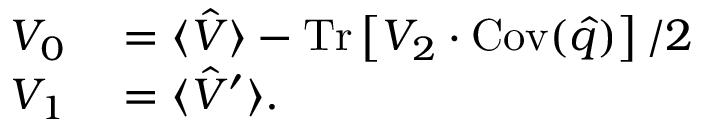
\begin{array} { r l } { V _ { 0 } } & { { } = \langle \hat { V } \rangle - \operatorname { T r } \left[ V _ { 2 } \cdot \operatorname { C o v } ( \hat { q } ) \right] / 2 } \\ { V _ { 1 } } & { { } = \langle \hat { V } ^ { \prime } \rangle . } \end{array}